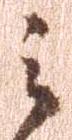
之